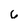
Character: 6